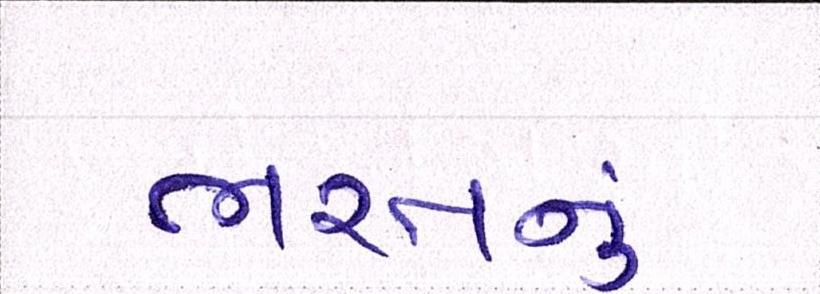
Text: ભરતનું